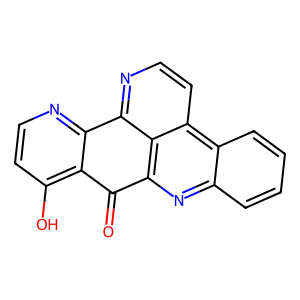
SMILES: O=C1c2c(O)ccnc2-c2nccc3c2c1nc1ccccc13
Inhibits HIV replication: No